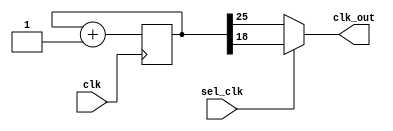
module clock_divisor(sel_clk, clk_out, clk);
input clk, sel_clk;
output clk_out;

reg [25:0] num;
wire [25:0] next_num;

assign clk_out = (sel_clk) ? clk19 : clk26;

always @(posedge clk) begin
  num <= next_num;
end

assign next_num = num + 1'b1;
assign clk26 = num[25];
assign clk19 = num[18];
endmodule